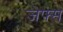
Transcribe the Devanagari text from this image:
जेफ्स